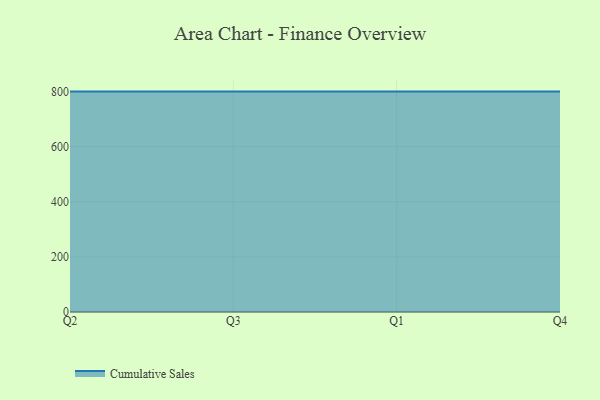
{"axis": {"x": "Quarter", "y": "Revenue (USD Million)"}, "legend": ["Cumulative Sales"], "data": [{"x": "Q2", "y": 800, "type": "Cumulative Sales"}, {"x": "Q3", "y": 800, "type": "Cumulative Sales"}, {"x": "Q1", "y": 800, "type": "Cumulative Sales"}, {"x": "Q4", "y": 800, "type": "Cumulative Sales"}]}